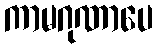
ကာမဂုဏာပေ